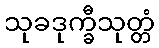
သုခဒုက္ခီသုတ္တံ